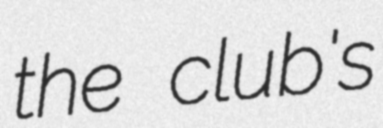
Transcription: the club's